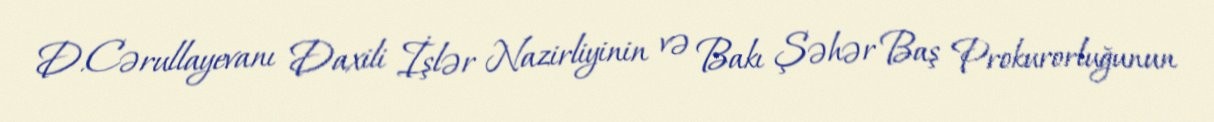
D.Cərullayevanı Daxili İşlər Nazirliyinin və Bakı Şəhər Baş Prokurorluğunun